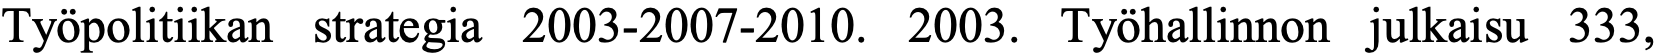
Työpolitiikan strategia 2003-2007-2010. 2003. Työhallinnon julkaisu 333,